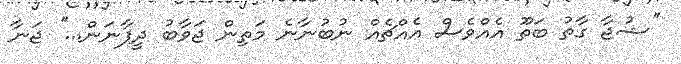
''ޝުޖާ ގާތު ބަތޫ އެއްވެސް އެއްޗެއް ނުބުނާނެ މަތިން ޖަވާބު ދީފާނަން...'' ޖަނާ